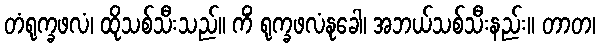
တံရုက္ခဖလံ၊ ထိုသစ်သီးသည်။ ကိံ ရုက္ခဖလံနုခေါ၊ အဘယ်သစ်သီးနည်း။ တာတ၊